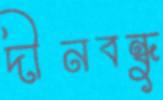
দীনবন্ধু